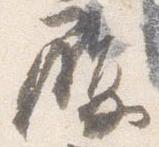
履